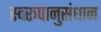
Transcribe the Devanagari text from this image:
स्वरूपानुसंधान